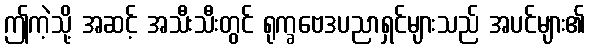
ဤကဲ့သို့ အဆင့် အသီးသီးတွင် ရုက္ခဗေဒပညာရှင်များသည် အပင်များ၏